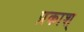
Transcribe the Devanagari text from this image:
प्रकाश्